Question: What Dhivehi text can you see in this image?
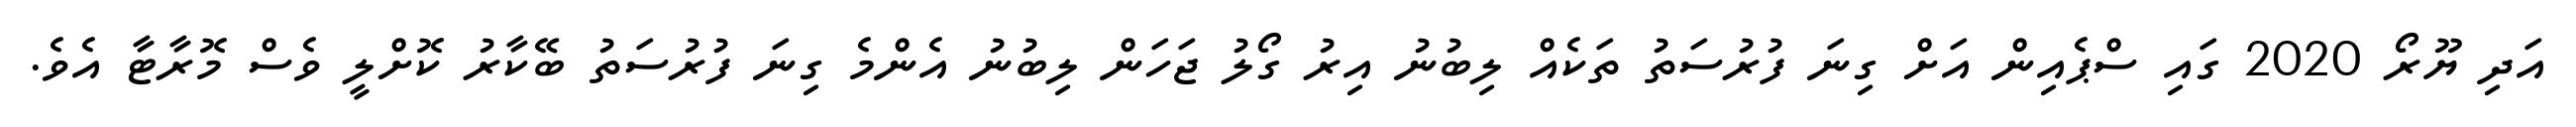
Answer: އަދި ޔޫރޯ 2020 ގައި ސްޕެއިން އަށް ގިނަ ފުރުސަތު ތަކެއް ލިބުނު އިރު ގޯލު ޖަހަން ލިބުނު އެންމެ ގިނަ ފުރުސަތު ބޭކާރު ކޮށްލީ ވެސް މޮރާޓާ އެވެ.